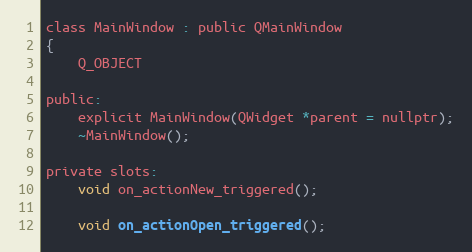
Language: C
class MainWindow : public QMainWindow
{
    Q_OBJECT

public:
    explicit MainWindow(QWidget *parent = nullptr);
    ~MainWindow();

private slots:
    void on_actionNew_triggered();

    void on_actionOpen_triggered();